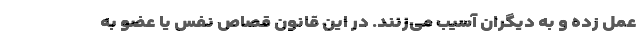
عمل زده و به دیگران آسیب می‌زنند. در این قانون قصاص نفس یا عضو به